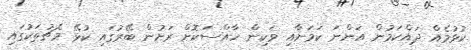
ކުޅުމެއް ދައްކަމުން އަންނަ ކަމަށާއި ވަކިން ހާއްސަކޮށް ރަށުން ބޭރުގައި ކުޅޭ މެޗުތަކުގައި